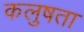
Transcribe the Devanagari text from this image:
कलुषता